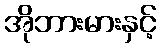
အိုဘားမားနှင့်